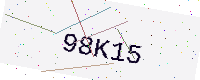
Text: 98K15